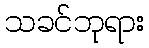
သခင်ဘုရား